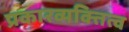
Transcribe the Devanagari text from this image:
प्रकारव्यक्तित्व